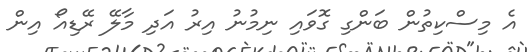
އެ މިސްކިތުން ބަންގި ގޮވައި ނިމުނު އިރު އަދި މާލޭ ރޭޑިއޯ އިން